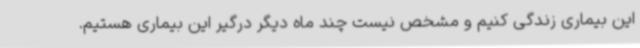
این بیماری زندگی کنیم و مشخص نیست چند ماه دیگر درگیر این بیماری هستیم.